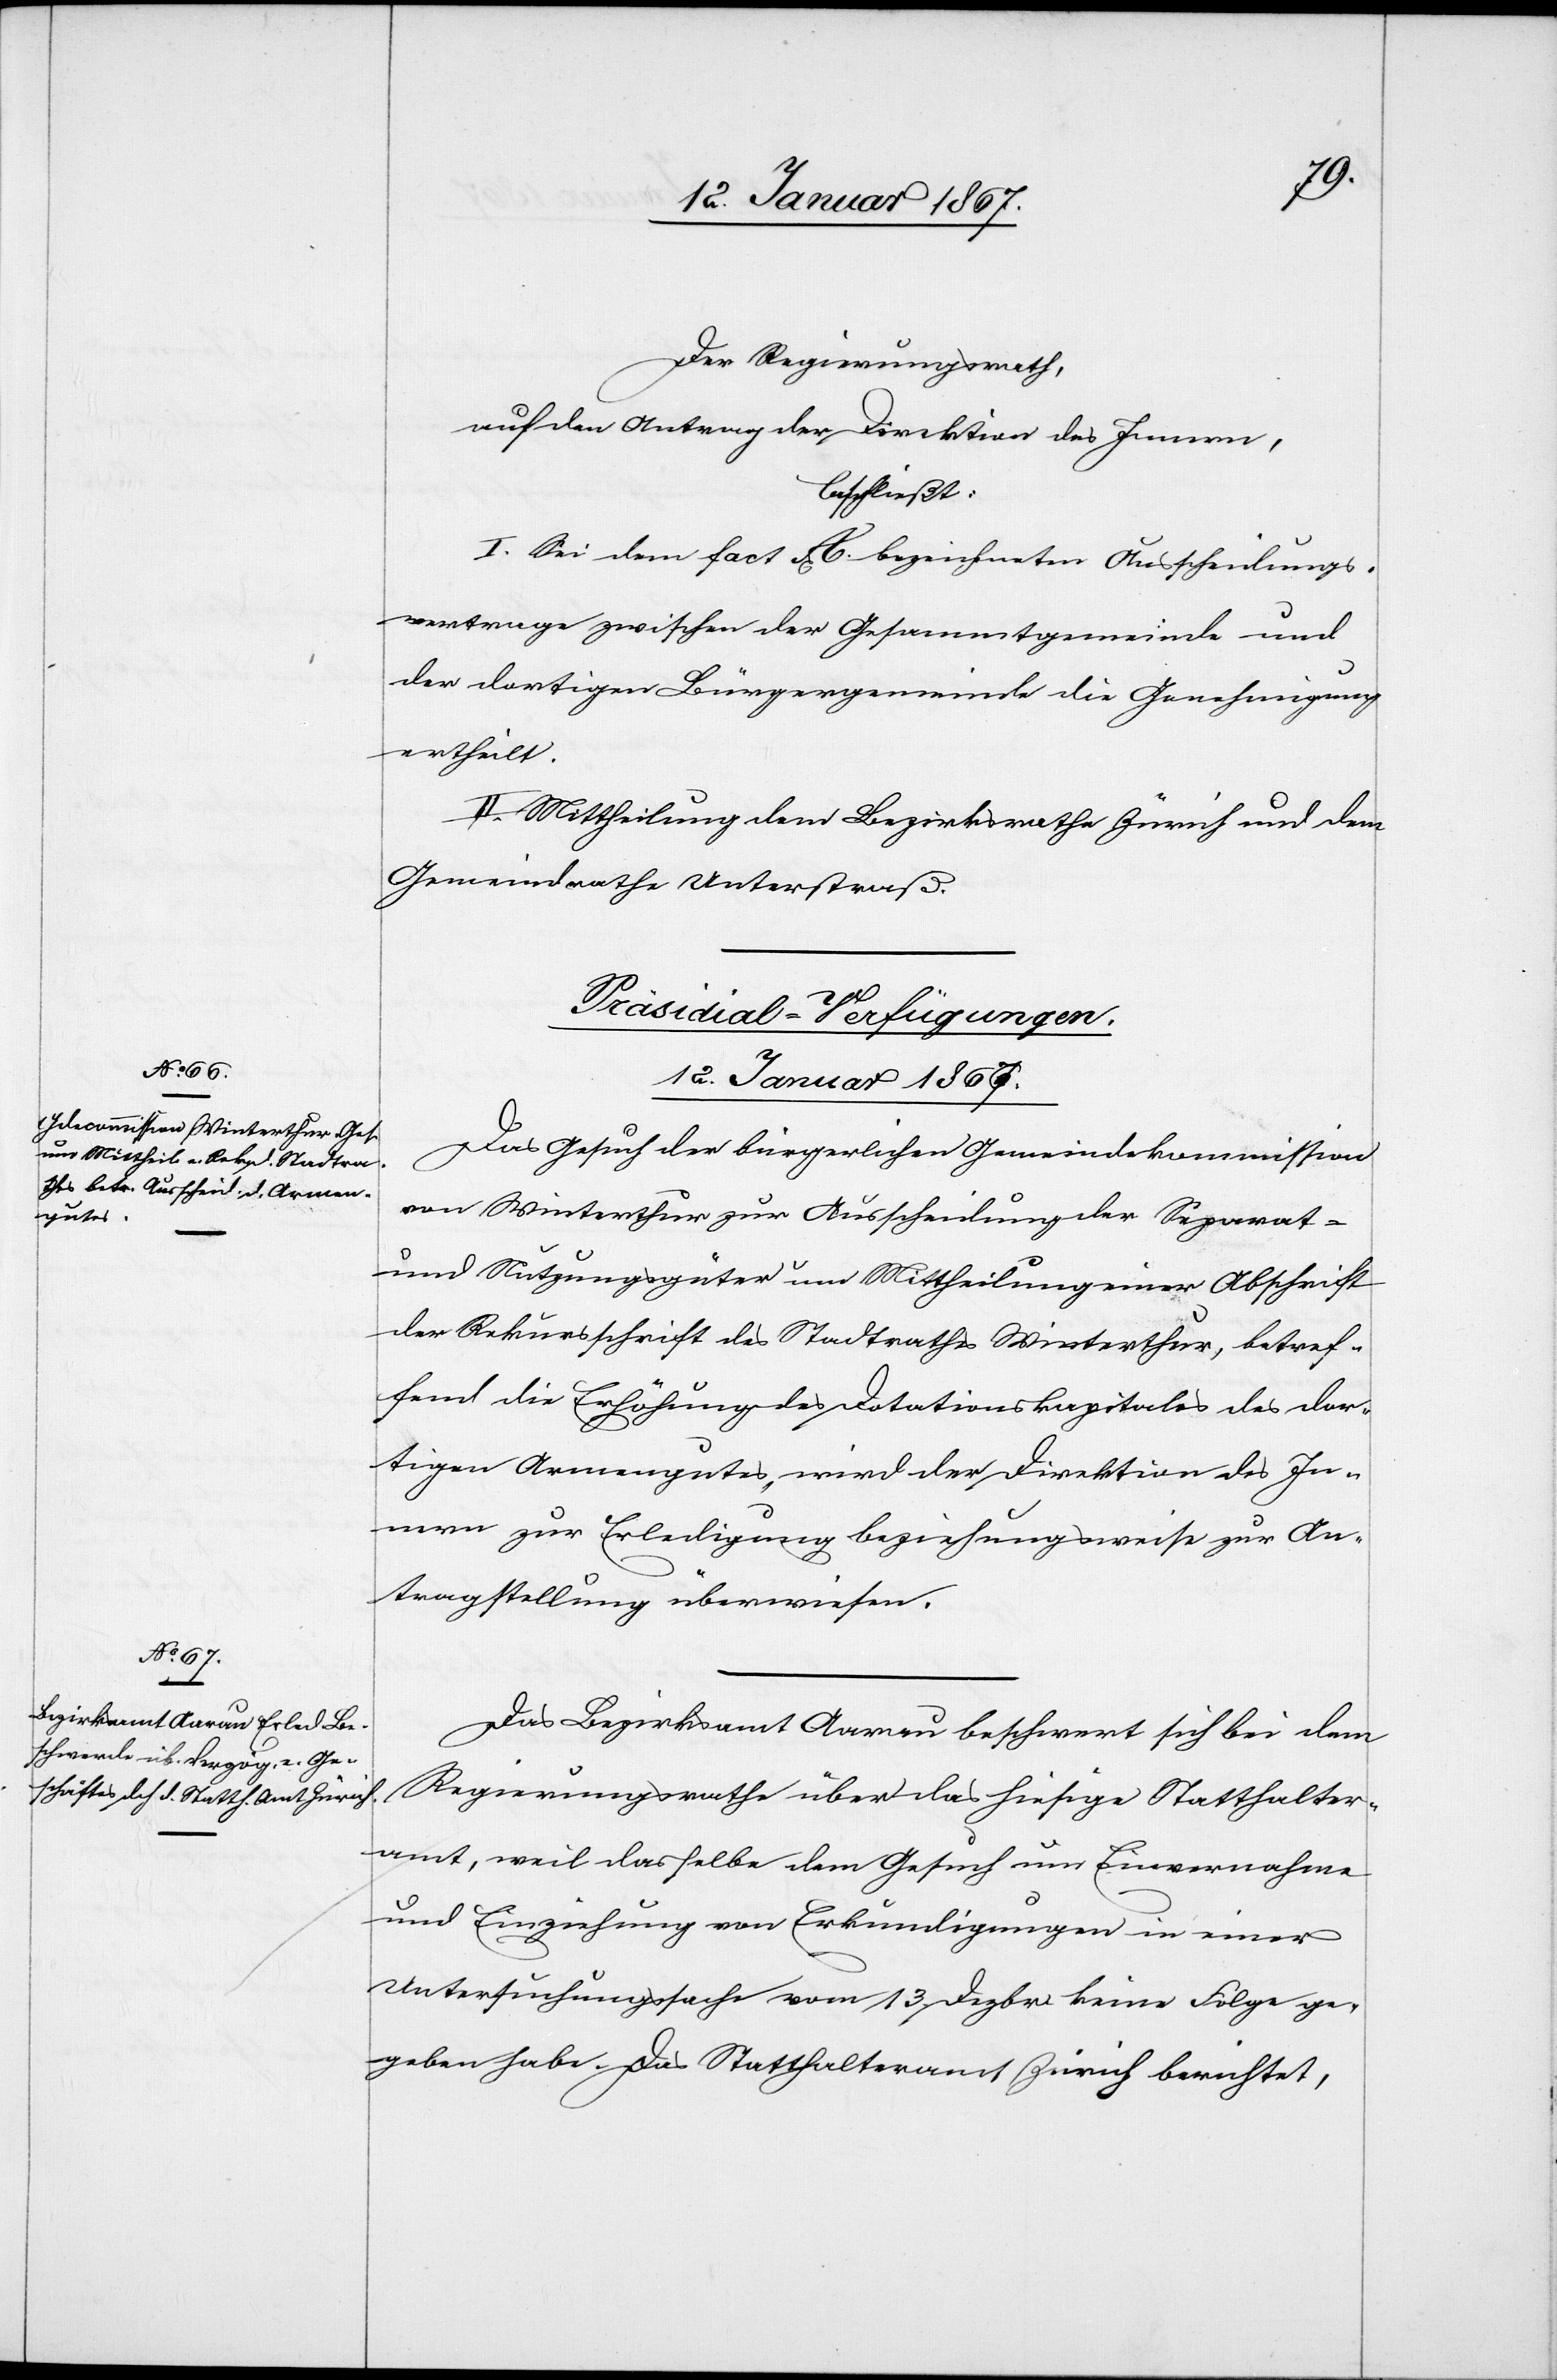
12. Januar 1867.]
Der Regierungsrath,
auf den Antrag der Direktion des Innern,
beschließt:
I. Sei dem fact A. bezeichneten Ausscheidungs¬
vertrage zwischen der Gesammtgemeinde und
der dortigen Bürgergemeinde die Genehmigung
ertheilt.
II. Mittheilung dem Bezirksrathe Zürich und dem
Gemeindrathe Unterstraß.
[Präsidial-Verfügungen.
12. Januar 1867.
Das Gesuch der bürgerlichen Gemeindekommission
von Winterthur zur Ausscheidung der Separat-
und Nutzungsgüter um Mittheilung einer Abschrift
der Rekursschrift des Stadtrathes Winterthur, betref¬
fend die Erhöhung des Dotationskapitales des dor¬
tigen Armengutes, wird der Direktion des In¬
nern zu Erledigung beziehungsweise zur An¬
tragstellung überwiesen.
Das Bezirksamt Aarau beschwert sich bei dem
Regierungsrathe über das hiesige Statthalter¬
amt, weil dasselbe dem Gesuch um Einvernahme
und Einziehung von Erkundigungen in seiner
Untersuchungssache vom 13. Dezbr. keine Folge ge¬
geben habe. Das Statthalteramt Zürich berichtet,